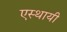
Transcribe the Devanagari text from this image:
एस्थायी